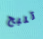
تنبح